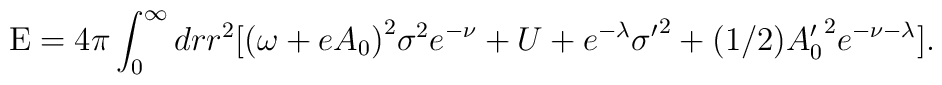
\textrm{E}=4\pi\int_0^{\infty}drr^2[{(\omega+eA_0)}^2{\sigma}^2e^{-\nu}+U+e^{-\lambda}{\sigma'}^2+(1/2){A_0'}^2e^{-\nu-\lambda}].